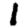
Digit: 1